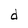
Character: d